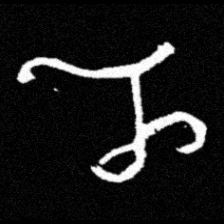
Pyu character \u2014 Myanmar letter: ည (romanized: nya)